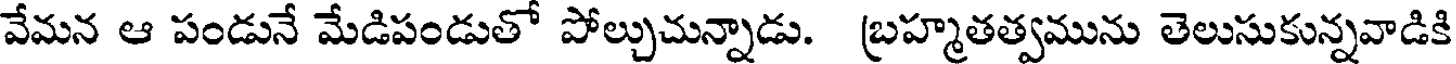
వేమన ఆ పండునే మేడిపండుతో పోల్చుచున్నాడు. బ్రహ్మతత్వమును తెలుసుకున్నవాడికి